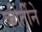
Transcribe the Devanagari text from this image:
कीर्तीने